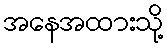
အနေအထားသို့